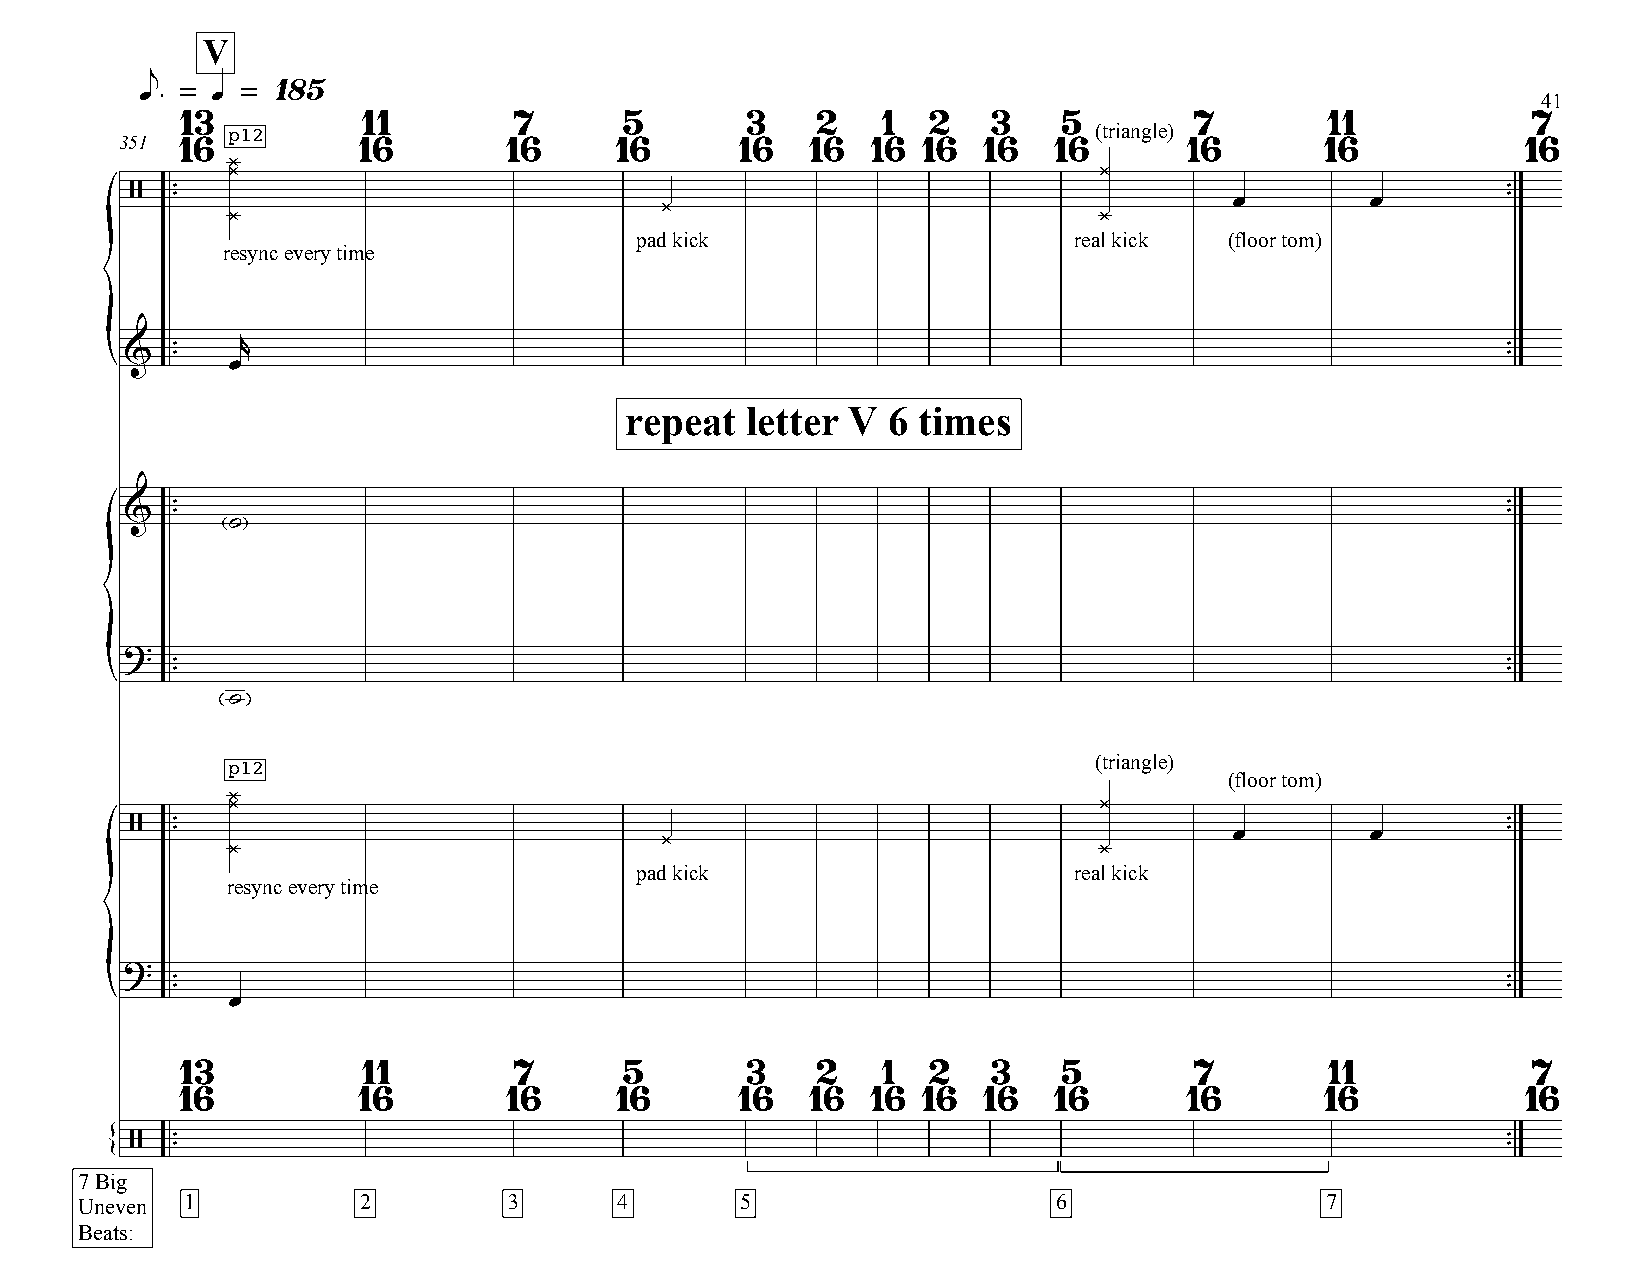
V
 e. = q = 185
 41
 13          11        7      5       3    2   1  2    3   5        7        11           7
 p12                                                      (triangle)
 351 16          16       16      16      16   16  16 16  16   16      16        16           16
 ¿
 ¿                                                         ¿
 /  ™ ™                             ¿                                     œ        œ        ™ ™
 ¿                                                         ¿
 pad kick                     real kick (floor tom)
 resync every time
 r
 {&   ™ ™ œ                                                                                   ™ ™
 repeat  letter V  6 times
 &   ™ ™ ˙                                                                                   ™ ™
 ?
 ™                                                                                       ™
 ™                                                                                       ™
 {
 ˙
 (triangle)
 p12
 (floor tom)
 ¿
 ¿                                                         ¿
 /  ™ ™                             ¿                                     œ        œ        ™ ™
 ¿                                                         ¿
 pad kick                     real kick
 resync every time
 ?
 ™                                                                                       ™
 ™                                                                                       ™
 {       œ
 13          11        7      5       3    2   1  2    3   5        7        11           7
 16          16       16      16      16   16  16 16  16   16      16        16           16
 /  ™ ™                                                                                     ™ ™
 {
 7 Big
 Uneven 1           2         3      4       5                    6                 7
 Beats: